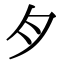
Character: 𱼀